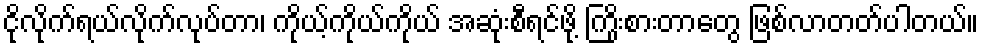
ငိုလိုက်ရယ်လိုက်လုပ်တာ၊ ကိုယ့်ကိုယ်ကိုယ် အဆုံးစီရင်ဖို့ ကြိုးစားတာတွေ ဖြစ်လာတတ်ပါတယ်။